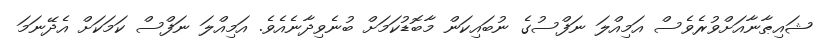
ޝައިޠާނާއަށްވުރެވެސް އަމިއްލަ ނަފްސުގެ ނުބައިކަން މާބޮޑުކަމަށް ބުނެވިދާނެއެވެ. އަމިއްލަ ނަފްސް ކަމަކަށް އެދޭނަމަ